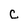
Character: C